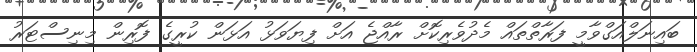
ބައިނަލްއަގްވާމީ ފަރާތްތައް މެދުވެރިކޮށް ރާއްޖެ އަށް ފިޔަވަޅު އަޅަން ކުރީގެ ފޮރިން މިނިސްޓަރު